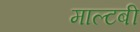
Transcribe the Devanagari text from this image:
माल्टबी